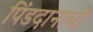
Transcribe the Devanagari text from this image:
पिंडदानाची